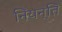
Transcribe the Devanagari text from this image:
नियन्ति